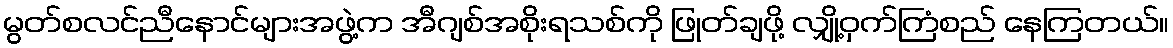
မွတ်စလင်ညီနောင်များအဖွဲ့က အီဂျစ်အစိုးရသစ်ကို ဖြုတ်ချဖို့ လျှို့ဝှက်ကြံစည် နေကြတယ်။